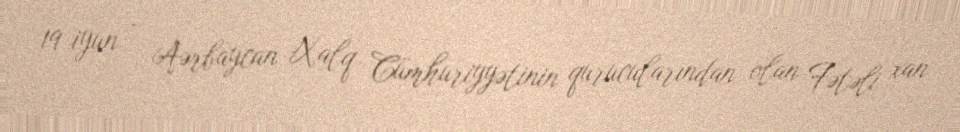
19 iyun - Aərbaycan Xalq Cümhuriyyətinin qurucularından olan Fətəli xan